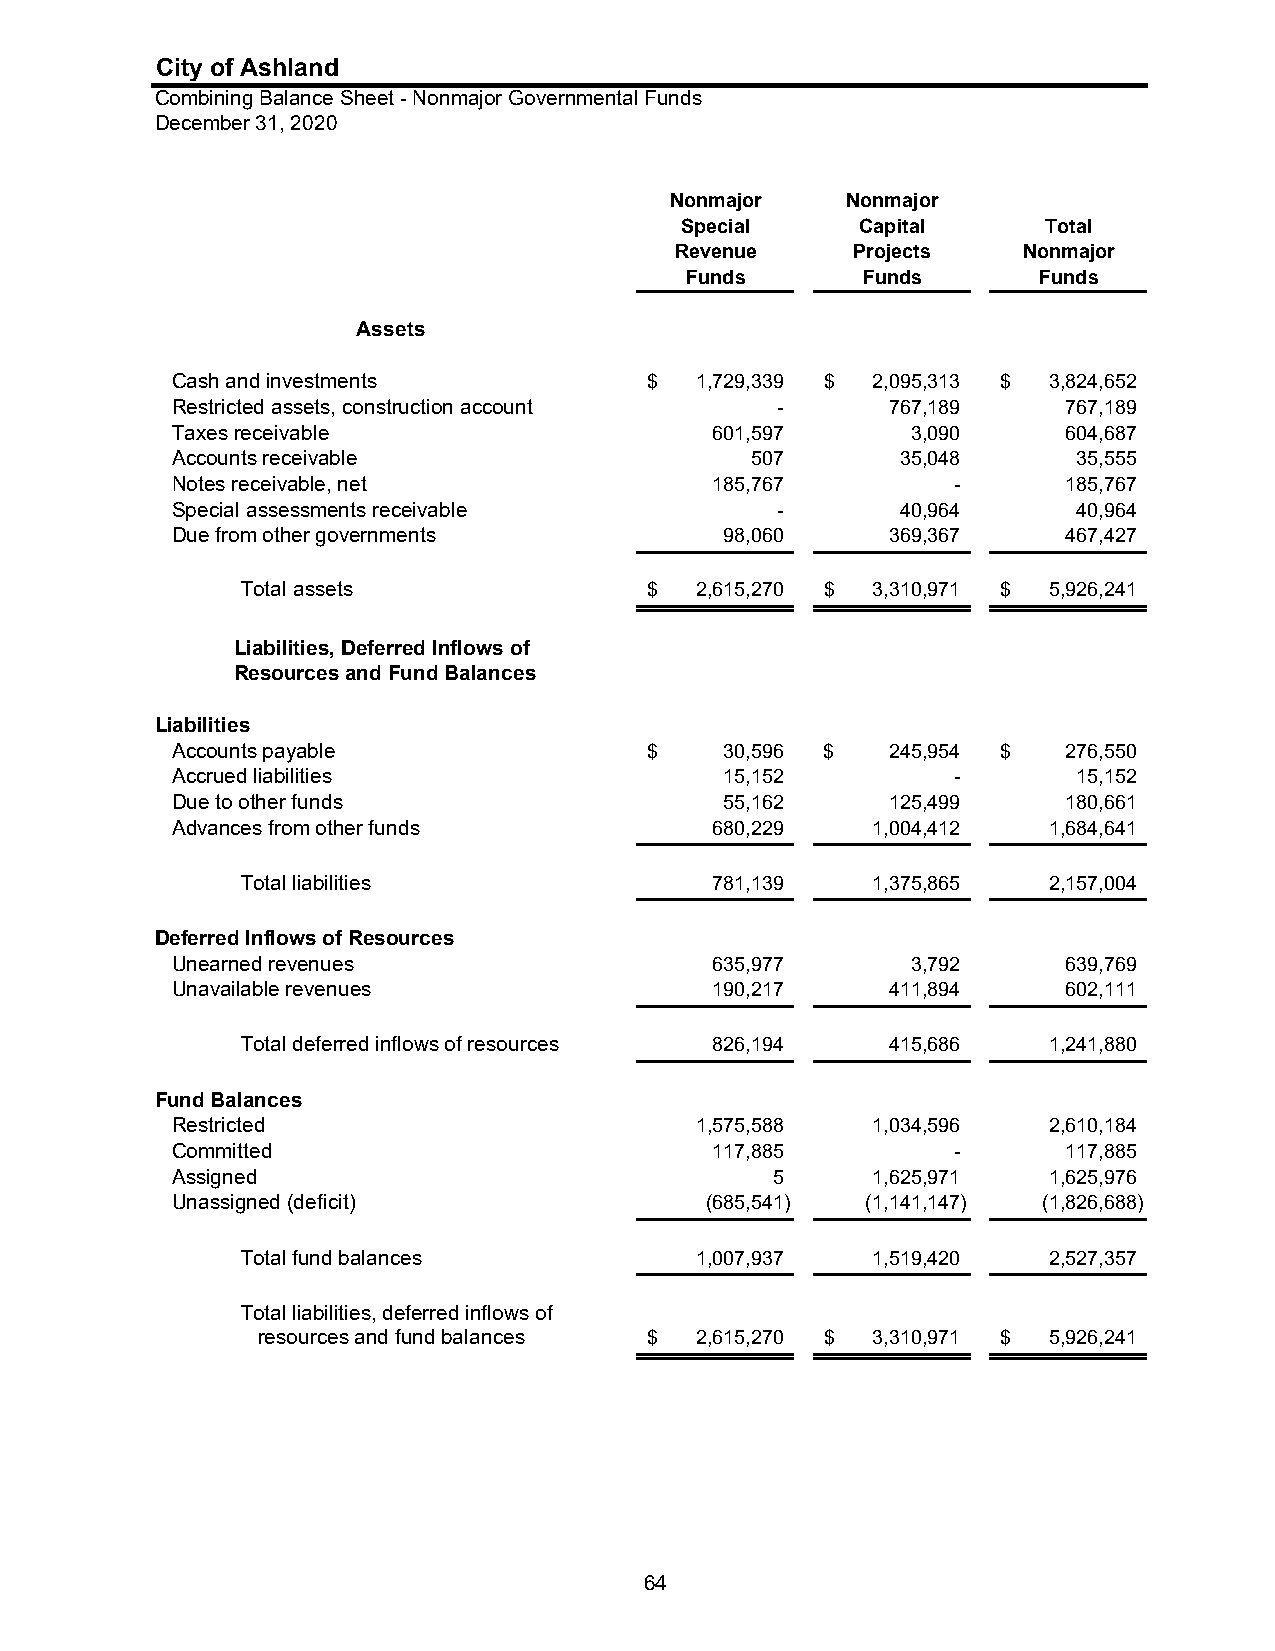
City of Ashland
 Combining Balance Sheet - Nonmajor Governmental Funds
 December 31, 2020
 Nonmajor    Nonmajor
 Special     Capital     Total
 Revenue    Projects    Nonmajor
 Funds       Funds       Funds
 Assets
 Cash and investments            $  1 ,729,339 $ 2 ,095,313 $ 3 ,824,652
 Restricted assets, construction account -       7 67,189    7 67,189
 Taxes receivable                    6 01,597     3 ,090     6 04,687
 Accounts receivable                    5 07      3 5,048    3 5,555
 Notes receivable, net               1 85,767        -       1 85,767
 Special assessments receivable          -        4 0,964    4 0,964
 Due from other governments           9 8,060    3 69,367    4 67,427
 Total assets               $  2 ,615,270 $ 3 ,310,971 $ 5 ,926,241
 Liabilities, Deferred Inflows of
 Resources and Fund Balances
 Liabilities
 Accounts payable                $    3 0,596 $  2 45,954 $  2 76,550
 Accrued liabilities                  1 5,152        -       1 5,152
 Due to other funds                   5 5,162    1 25,499    1 80,661
 Advances from other funds           6 80,229   1 ,004,412 1 ,684,641
 Total liabilities              7 81,139   1 ,375,865 2 ,157,004
 Deferred Inflows of Resources
 Unearned revenues                   6 35,977     3 ,792     6 39,769
 Unavailable revenues                1 90,217    4 11,894    6 02,111
 Total deferred inflows of resources 8 26,194 4 15,686 1 ,241,880
 Fund Balances
 Restricted                         1 ,575,588  1 ,034,596 2 ,610,184
 Committed                           1 17,885        -       1 17,885
 Assigned                                5      1 ,625,971 1 ,625,976
 Unassigned (deficit)                (685,541) (1,141,147) (1,826,688)
 Total fund balances           1 ,007,937  1 ,519,420 2 ,527,357
 Total liabilities, deferred inflows of
 resources and fund balances $ 2 ,615,270 $ 3 ,310,971 $ 5 ,926,241
 64